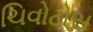
ચિવોટોસ